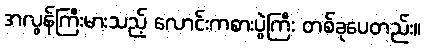
အလွန်ကြီးမားသည့် လောင်းကစားပွဲကြီး တစ်ခုပေတည်း။